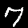
Digit: 7